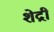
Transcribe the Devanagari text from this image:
शेद्री